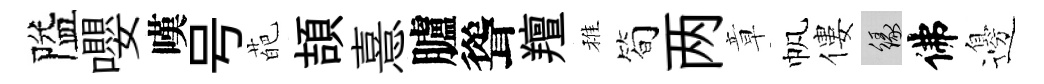
隘嚶嘆号葩頡憙臚聳羶稚简两章帆僂緣佛邊